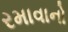
રમાવાનો